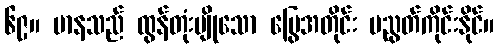
၆၉။ မာနသည် ထွန်တုံးမျိုသော မြွေအတိုင်း မညွတ်ကိုင်းနိုင်။